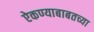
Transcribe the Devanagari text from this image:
ऐकण्याबाबतच्या